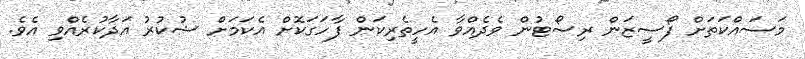
މަސައްކަތަށް ފޯސީޒަން ރިސޯޓުން ވެދެއްވާ އެހީތެރިކަން ފާހަގަކޮށް އެކަމަށް ޝުކުރު އަދާކުރެއްވި އެވެ.